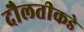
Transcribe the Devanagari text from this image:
दौलतीकडे